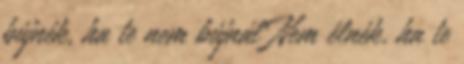
bújnék, ha te nem bújnál Nem élnék, ha te